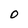
Character: 0